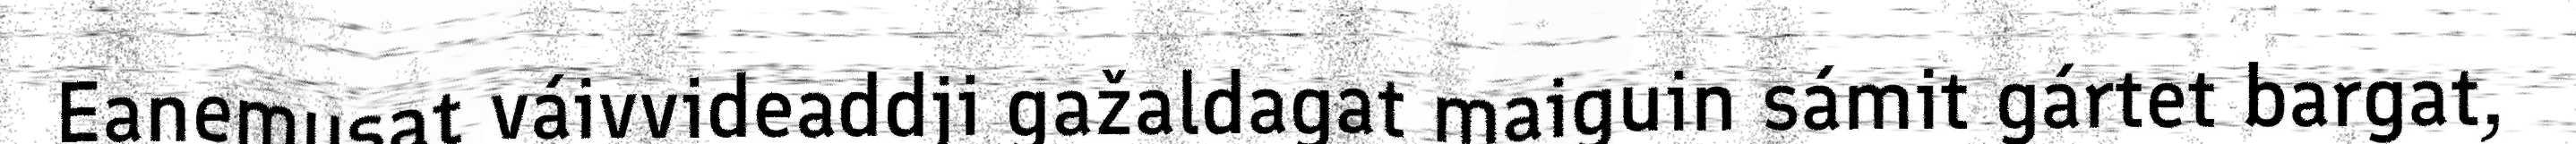
Eanemusat váivvideaddji gažaldagat maiguin sámit gártet bargat,